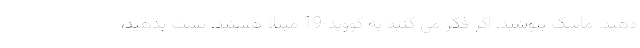
دهید. ماسک بپوشید، اگر فکر می کنید به کووید-19 مبتلا هستید، تست بدهید،